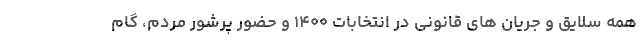
همه سلایق و جریان های قانونی در انتخابات ۱۴۰۰ و حضور پرشور مردم، گام